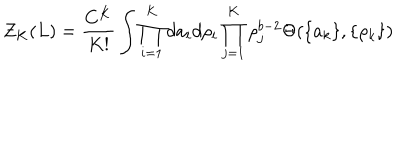
Z _ { K } ( L ) = \frac { C ^ { K } } { K ! } \int \prod _ { i = 1 } ^ { K } d a _ { i } d \rho _ { i } \prod _ { j = 1 } ^ { K } \rho _ { j } ^ { b - 2 } \Theta ( \{ a _ { k } \} , \{ \rho _ { k } \} )